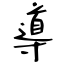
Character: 導